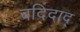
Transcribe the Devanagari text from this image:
बदिदाद्